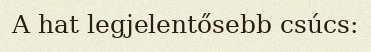
A hat legjelentősebb csúcs: